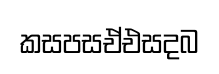
කසපසඒඑසදබ